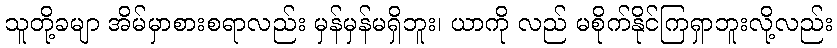
သူတို့ခမျာ အိမ်မှာစားစရာလည်း မှန်မှန်မရှိဘူး၊ ယာကို လည် မစိုက်နိုင်ကြရှာဘူးလို့လည်း